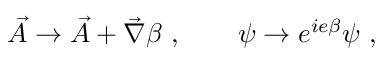
\vec { A } \to \vec { A } + \vec { \nabla } \beta \ , \qquad \psi \to e ^ { i e \beta } \psi \ ,